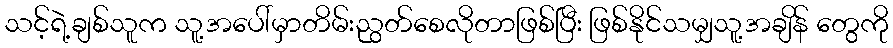
သင့်ရဲ့ချစ်သူက သူ့အပေါ်မှာတိမ်းညွတ်စေလိုတာဖြစ်ပြီး ဖြစ်နိုင်သမျှသူ့အချိန် တွေကို